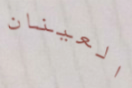
العينان